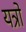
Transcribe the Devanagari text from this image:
यत्रो